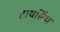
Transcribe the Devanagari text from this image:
हायसिंथ